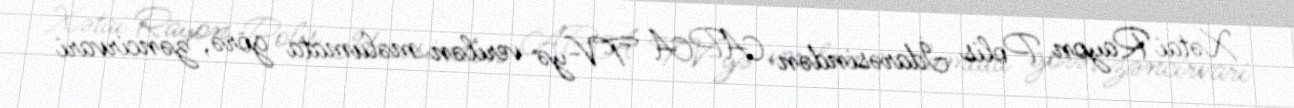
Xətai Rayon Polis İdarəsindən APA TV-yə verilən məlumata görə, zəncirvari